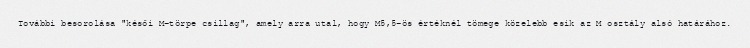
További besorolása "késői M-törpe csillag", amely arra utal, hogy M5,5-ös értéknél tömege közelebb esik az M osztály alsó határához.